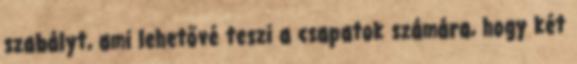
szabályt, ami lehetővé teszi a csapatok számára, hogy két